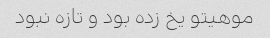
موهیتو یخ زده بود و تازه نبود